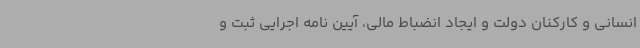
انسانی و کارکنان دولت و ایجاد انضباط مالی، آیین نامه اجرایی ثبت و